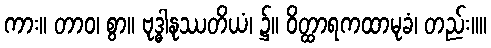
ကား။ တာဝ၊ စွာ။ ဗုဒ္ဓါနုဿတိယံ၊ ၌။ ဝိတ္ထာရကထာမုခံ၊ တည်း။။